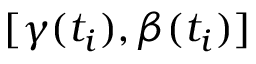
[ \gamma ( t _ { i } ) , \beta ( t _ { i } ) ]